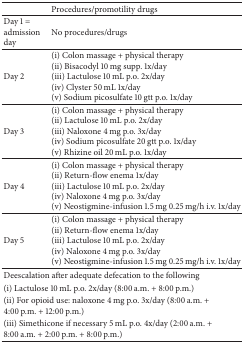
<table><thead><tr><td><b> </b></td><td><b>Procedures/promotility drugs</b></td></tr></thead><tbody><tr><td>Day 1 = admission day</td><td>No procedures/drugs</td></tr><tr><td>Day 2</td><td>(i) Colon massage + physical therapy (ii) Bisacodyl 10 mg supp. 1x/day (iii) Lactulose 10 mL p.o. 2x/day (iv) Clyster 50 mL 1x/day (v) Sodium picosulfate 10 gtt p.o. 1x/day</td></tr><tr><td>Day 3</td><td>(i) Colon massage + physical therapy (ii) Lactulose 10 mL p.o. 2x/day (iii) Naloxone 4 mg p.o. 3x/day (iv) Sodium picosulfate 20 gtt p.o. 1x/day (v) Rhizine oil 20 mL p.o. 1x/day</td></tr><tr><td>Day 4</td><td>(i) Colon massage + physical therapy (ii) Return-flow enema 1x/day (iii) Lactulose 10 mL p.o. 2x/day (iv) Naloxone 4 mg p.o. 3x/day (v) Neostigmine-infusion 1.5 mg 0.25 mg/h i.v. 1x/day</td></tr><tr><td>Day 5</td><td>(i) Colon massage + physical therapy (ii) Return-flow enema 1x/day (iii) Lactulose 10 mL p.o. 2x/day (iv) Naloxone 4 mg p.o. 3x/day (v) Neostigmine-infusion 1.5 mg 0.25 mg/h i.v. 1x/day</td></tr><tr><td colspan="2">Deescalation after adequate defecation to the following</td></tr><tr><td colspan="2">(i) Lactulose 10 mL p.o. 2x/day (8:00 a.m. + 8:00 p.m.)</td></tr><tr><td colspan="2">(ii) For opioid use: naloxone 4 mg p.o. 3x/day (8:00 a.m. + 4:00 p.m. + 12:00 p.m.)</td></tr><tr><td colspan="2">(iii) Simethicone if necessary 5 mL p.o. 4x/day (2:00 a.m. + 8:00 a.m. + 2:00 p.m. + 8:00 p.m.)</td></tr></tbody></table>